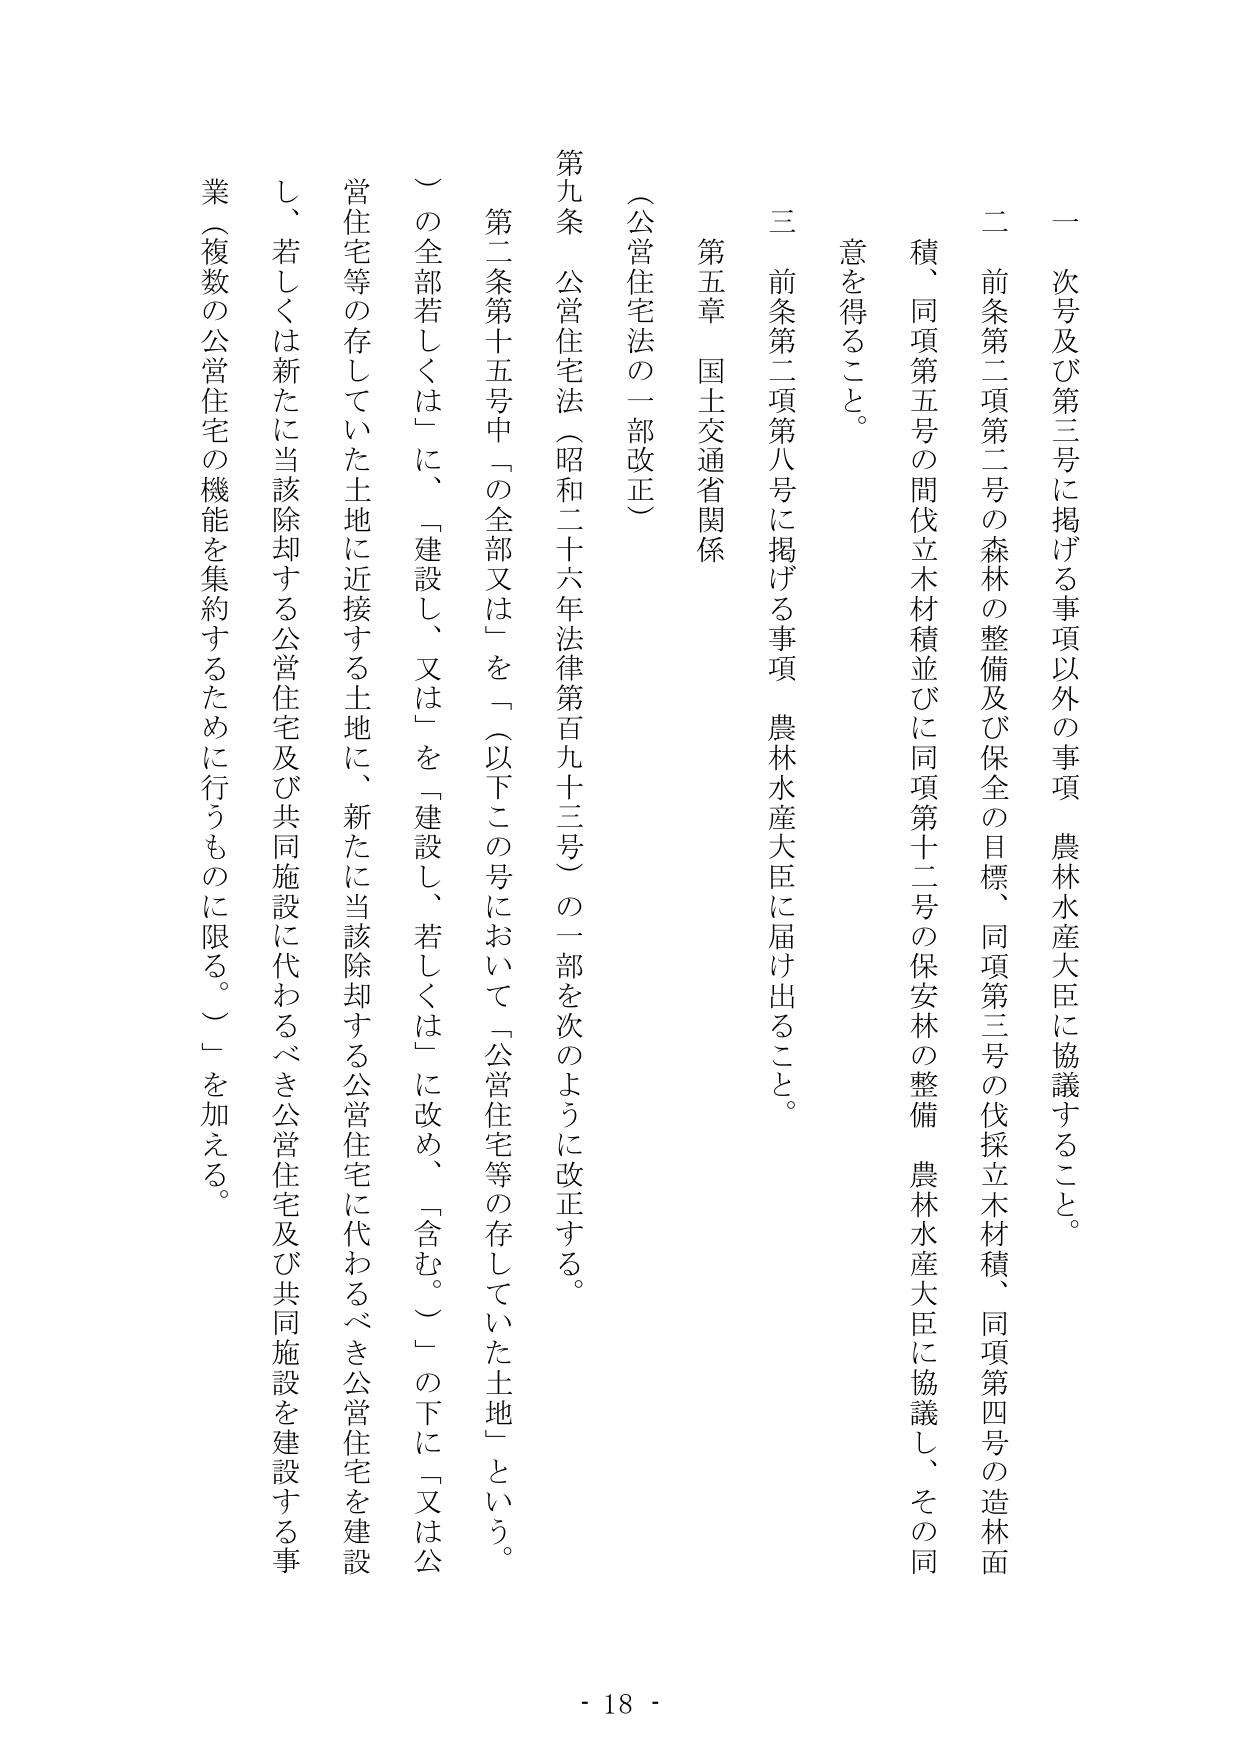
一 次号及び第三号に掲げる事項以外の事項 農林水産大臣に協議すること。

二 前条第二項第二号の森林の整備及び保全の目標、同項第三号の伐採立木材積、同項第四号の造林面積、同項第五号の間伐立木材積並びに同項第十二号の保安林の整備 農林水産大臣に協議し、その同意を得ること。

三 前条第二項第八号に掲げる事項 農林水産大臣に届け出ること。

第五章 国土交通省関係

（公営住宅法の一部改正）

第九条 公営住宅法（昭和二十六年法律第百九十三号）の一部を次のように改正する。

第二条第十五号中「の全部又は」を「（以下この号において「公営住宅等の存していた土地」という。）の全部若しくは」に、「建設し、又は」を「建設し、若しくは」に改め、「含む。）」の下に「又は公営住宅等の存していた土地に近接する土地に、新たに当該除却する公営住宅に代わるべき公営住宅を建設し、若しくは新たに当該除却する公営住宅及び共同施設に代わるべき公営住宅及び共同施設を建設する事業（複数の公営住宅の機能を集約するために行うものに限る。）」を加える。

- 18 -